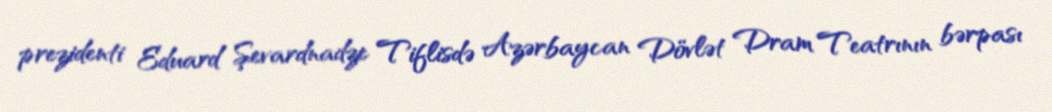
prezidenti Eduard Şevardnadze Tiflisdə Azərbaycan Dövlət Dram Teatrının bərpası